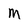
Character: M